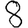
Digit: 8